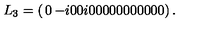
L _ { 3 } = \left( \begin{matrix} { 0 } & { - i } & { 0 } & { 0 } \\ { i } & { 0 } & { 0 } & { 0 } \\ { 0 } & { 0 } & { 0 } & { 0 } \\ { 0 } & { 0 } & { 0 } & { 0 } \\ \end{matrix} \right) .